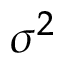
\sigma ^ { 2 }